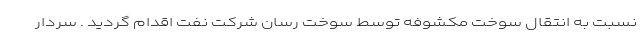
نسبت به انتقال سوخت مکشوفه توسط سوخت رسان شرکت نفت اقدام گردید . سردار